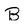
Character: B